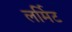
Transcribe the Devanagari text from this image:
लर्मिट